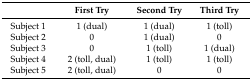
<table><thead><tr><td></td><td><b>First Try</b></td><td><b>Second Try</b></td><td><b>Third Try</b></td></tr></thead><tbody><tr><td>Subject 1</td><td>1 (dual)</td><td>1 (dual)</td><td>1 (toll)</td></tr><tr><td>Subject 2</td><td>0</td><td>1 (dual)</td><td>0</td></tr><tr><td>Subject 3</td><td>0</td><td>1 (toll)</td><td>1 (dual)</td></tr><tr><td>Subject 4</td><td>2 (toll, dual)</td><td>1 (toll)</td><td>1 (toll)</td></tr><tr><td>Subject 5</td><td>2 (toll, dual)</td><td>0</td><td>0</td></tr></tbody></table>